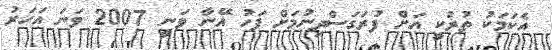
އެކަމަކު ތުރުކީ އަށް ފުރަގަސްދިނުމަށް ފަހު އޭނާ ވަނީ 2007 ވަނަ އަހަރު